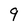
Character: 9